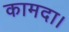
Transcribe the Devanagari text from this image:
कामदा।